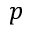
p